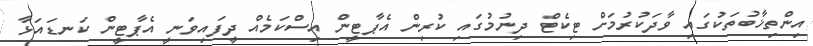
އިންތިޚާބުތަކުގައި ވާދަކުރުމަށް ޓިކެޓް ދިނުމުގައި ކުރިން އެޕާޓީން އިސްކަމެއް ދީފައިވަނީ އެޕާޓީން ކަނޑައަޅާ